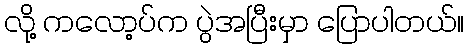
လို့ ကလော့ပ်က ပွဲအပြီးမှာ ပြောပါတယ်။